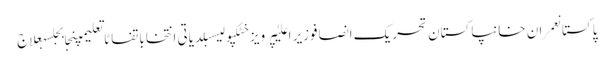
پاکستانعمران خانپاکستان تحریک انصافوزیر اعلیٰپرویز خٹکپولیسبلدیاتی انتخاباتفاٹاتعلیمپنجابجلسہعلاج